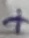
Text: +